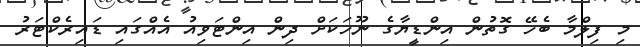
މި ފިލްމާ ބެހޭ ގޮތުން އިންޑީޔާގެ ނޫހަކަށް ދިން އިންޓަވިއު އެއްގައި ޑައިރެކްޓަރު